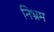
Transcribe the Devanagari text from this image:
निभ्रम